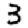
Digit: 3